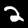
Label: 2